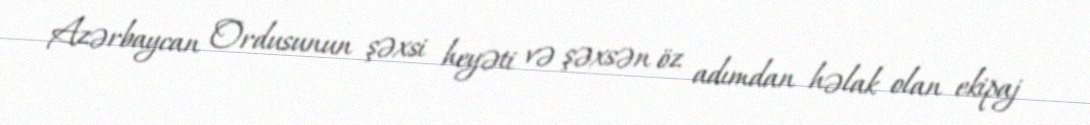
Azərbaycan Ordusunun şəxsi heyəti və şəxsən öz adımdan həlak olan ekipaj